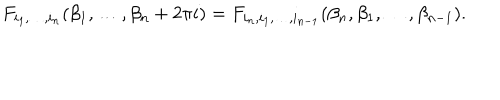
F _ { i _ { 1 } , \dots , i _ { n } } ( \beta _ { 1 } , \dots , \beta _ { n } + 2 \pi i ) = F _ { i _ { n } , i _ { 1 } , \dots , i _ { n - 1 } } ( \beta _ { n } , \beta _ { 1 } , \dots , \beta _ { n - 1 } ) .